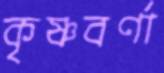
কৃষ্ণবর্ণা